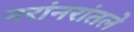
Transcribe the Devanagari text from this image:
नरांनरांतले